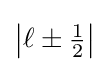
\left|\ell \pm {\tfrac {1}{2}}\right|